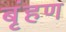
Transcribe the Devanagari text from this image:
बृंहण